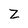
Character: Z